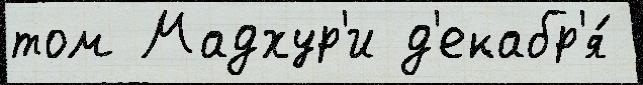
том Мадхур'и д'екабр'я́